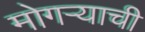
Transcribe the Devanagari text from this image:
मोगऱ्याची